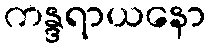
ကန္ဒရာယနော